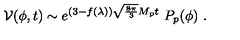
{ \cal V } ( \phi , t ) \sim e ^ { ( 3 - f ( \lambda ) ) \sqrt { \frac { 8 \pi } { 3 } } M _ { \mathrm { p } } t } \ P _ { p } ( \phi ) \ .